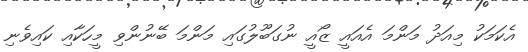
އެކަމަކު މިއަދު މަންމަ އެއައީ ޒޯއީ ނުގަބޫލުގައި މަންމަ ބޭނުންވި މީހަކާއި ކައިވެނި